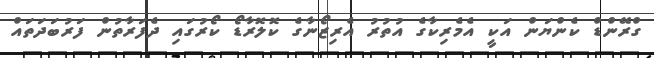
ގްރޭންޑް ކެންޔަން އަކީ އެމެރިކާގެ އުތުރު އެރިޒޯނާގެ ކޮލޮރާޑޯ ކޯރުގައި ދެފަރާތުން ފަރުބަދަތައް